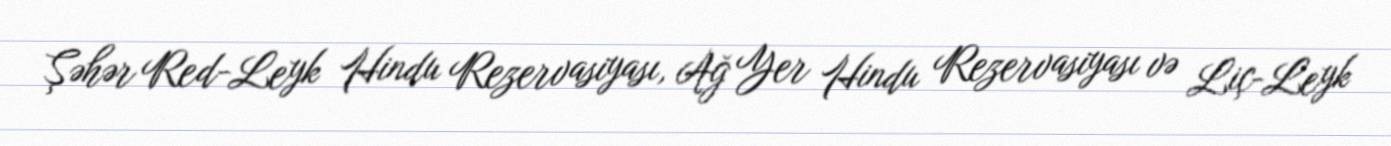
Şəhər Red-Leyk Hindu Rezervasiyası, Ağ Yer Hindu Rezervasiyası və Liç-Leyk